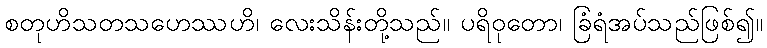
စတုဟိသတသဟေဿဟိ၊ လေးသိန်းတို့သည်။ ပရိဝုတော၊ ခြံရံအပ်သည်ဖြစ်၍။